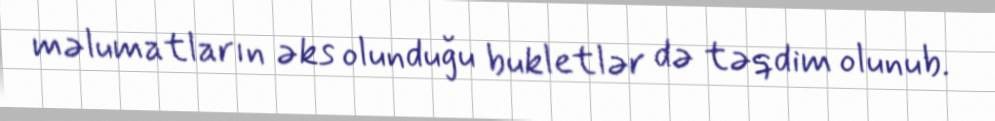
məlumatların əks olunduğu bukletlər də təqdim olunub.